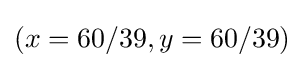
(x=60/39,y=60/39)